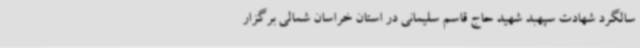
سالگرد شهادت سپهبد شهید حاج قاسم سلیمانی در استان خراسان شمالی برگزار